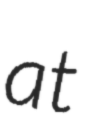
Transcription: at